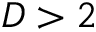
D > 2